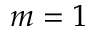
m = 1